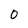
Character: 0